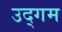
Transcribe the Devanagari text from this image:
उद्‌गम